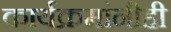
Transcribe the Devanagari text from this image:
कार्यक्रमांनीही